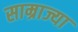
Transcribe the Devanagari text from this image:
साम्राज्या